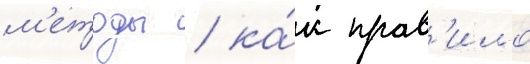
м'етоды / ка́к прав'ило